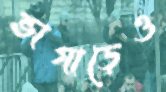
ভাগাড়েও